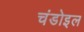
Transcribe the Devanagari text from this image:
चंडोइल